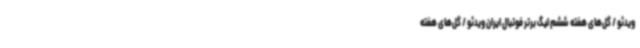
ویدئو / گل‌های هفته ششم لیگ برتر فوتبال ایران ویدئو / گل‌های هفته